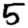
Digit: 5